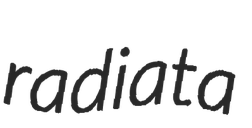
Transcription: radiata